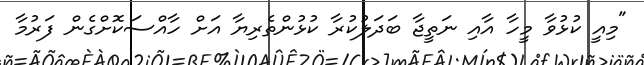
"މިއީ ކުޅުވާ މީހާ އާއި ނަތީޖާ ބަދަލުކުރާ ކުޅުންތެރިޔާ އަށް ހާއްސަކޮށްގެން ފަރުމާ